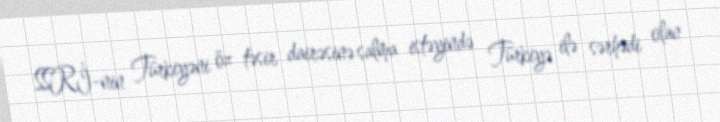
SSRİ-nin Türkiyəni öz təsir dairəsinə salma istəyində Türkiyə ilə sərhədi olan